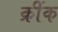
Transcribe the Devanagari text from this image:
क्रींक